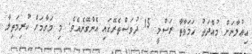
އިޢުލާނަށް މުއްދަތު ހަމަވާތާ ރަސްމީ 15 ދުވަސްތެރޭގައި އެންގޭނެއެވެ. މި މަގާމަށް ކުރިމަތިލާ